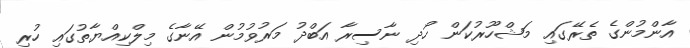
އާންމުންގެ ތެރޭގައި މަޝްހޫރުކަން ހޯދި ނާސިރާ އަބްދު މަރުވުމުން އޭނާގެ މިލްކިއްޔާތުގައި ހުރި